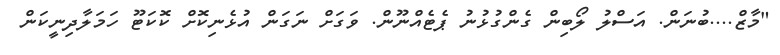
"މާޒް....ބުނަން. އަސްލު ލޯބިން ގެންގުޅުނު ޕެޓެއްނޫން. ވަގަށް ނަގަން އުޅެނިކޮށް ކޮކަޓޫ ހަމަލާދިނީކަން